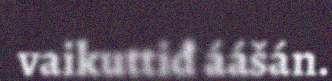
vaikuttiđ áášán.